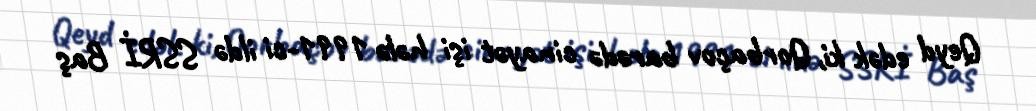
Qeyd edək ki, Qorbaçov barədə cinayət işi hələ 1991-ci ildə SSRİ Baş